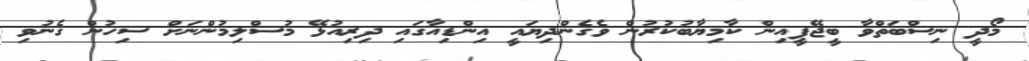
މޯދީ ނިސްބަތްވާ ބީޖޭޕީއިން ކާމިޔާބުކުރުން ވެގެންދިޔައީ އިންޑިއާގައި ދިރިއުޅޭ މުސްލިމުންނަށް ސިހުން ގެނުވި